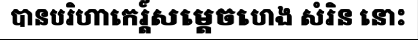
បានបរិហាកេរ្ត៍សម្តេចហេង សំរិន នោះ